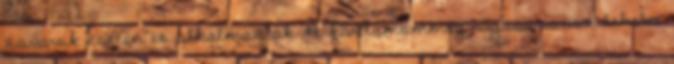
zavarok esetén is alkalmazták. A kardamommag rágása rossz lehelet